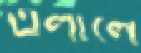
এলালে